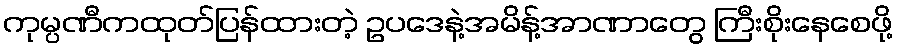
ကုမ္ပဏီကထုတ်ပြန်ထားတဲ့ ဥပဒေနဲ့အမိန့်အာဏာတွေ ကြီးစိုးနေစေဖို့